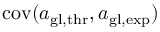
\mathrm { c o v } ( a _ { \mathrm { g l , t h r } } , a _ { \mathrm { g l , e x p } } )